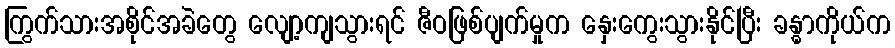
ကြွက်သားအစိုင်အခဲတွေ လျော့ကျသွားရင် ဇီဝဖြစ်ပျက်မှုက နှေးကွေးသွားနိုင်ပြီး ခန္ဓာကိုယ်က